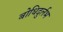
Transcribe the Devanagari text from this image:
बोधिदुर्लभ